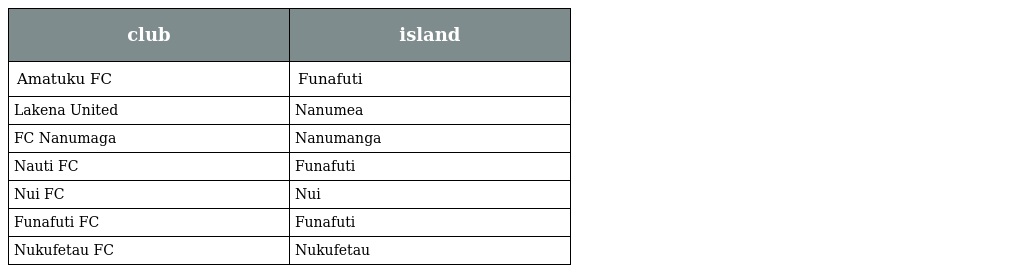
| club | island |
 | --- | --- |
 | Amatuku FC | Funafuti |
 | Lakena United | Nanumea |
 | FC Nanumaga | Nanumanga |
 | Nauti FC | Funafuti |
 | Nui FC | Nui |
 | Funafuti FC | Funafuti |
 | Nukufetau FC | Nukufetau |